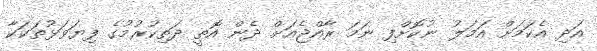
އަދި އެކަމަށް އަމަލު ނުކޮށްފި ނަމަ ރާއްޖެއަށް ދެން އޮތީ ދަތިކުރުމުގެ ފިޔަވަޅުތަކަކާ